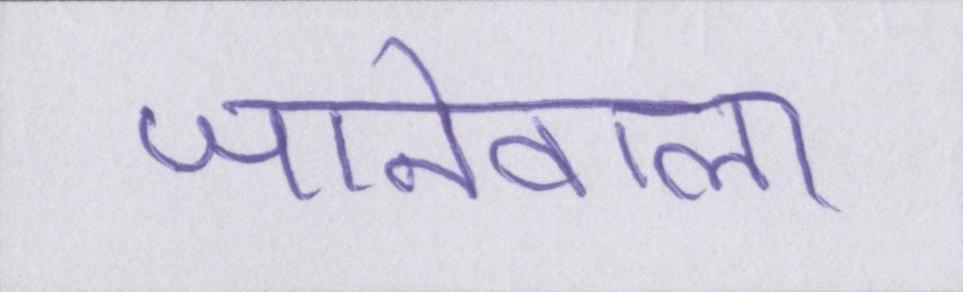
जानेवाला